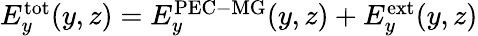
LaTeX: \begin{array}{r}{E_{y}^{\mathrm{tot}}(y,z)=E_{y}^{\mathrm{PEC-MG}}(y,z)+E_{y}^{\mathrm{ext}}(y,z)}\end{array}